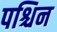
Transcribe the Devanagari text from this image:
पश्चिन